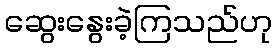
ဆွေးနွေးခဲ့ကြသည်ဟု